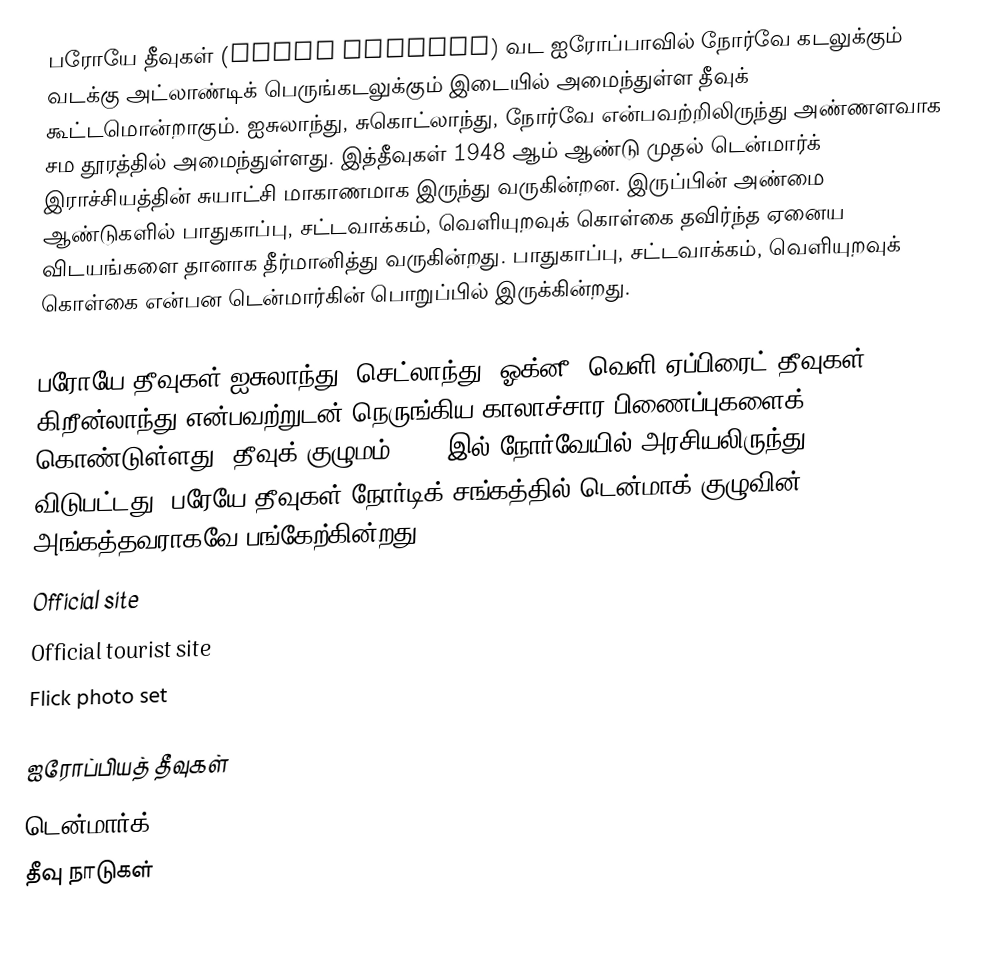
பரோயே தீவுகள் (Faroe Islands) வட ஐரோப்பாவில் நோர்வே கடலுக்கும் வடக்கு அட்லாண்டிக் பெருங்கடலுக்கும் இடையில் அமைந்துள்ள தீவுக் கூட்டமொன்றாகும். ஐசுலாந்து, சுகொட்லாந்து, நோர்வே என்பவற்றிலிருந்து அண்ணளவாக சம தூரத்தில் அமைந்துள்ளது. இத்தீவுகள் 1948 ஆம் ஆண்டு முதல் டென்மார்க் இராச்சியத்தின் சுயாட்சி மாகாணமாக இருந்து வருகின்றன. இருப்பின் அண்மை ஆண்டுகளில் பாதுகாப்பு, சட்டவாக்கம், வெளியுறவுக் கொள்கை தவிர்ந்த ஏனைய விடயங்களை தானாக தீர்மானித்து வருகின்றது. பாதுகாப்பு, சட்டவாக்கம், வெளியுறவுக் கொள்கை என்பன டென்மார்கின் பொறுப்பில் இருக்கின்றது.

பரோயே தீவுகள் ஐசுலாந்து, செட்லாந்து, ஓக்னீ, வெளி ஏப்பிரைட் தீவுகள், கிறீன்லாந்து என்பவற்றுடன் நெருங்கிய காலாச்சார பிணைப்புகளைக் கொண்டுள்ளது. தீவுக் குழுமம் 1814 இல் நோர்வேயில் அரசியலிருந்து விடுபட்டது. பரேயே தீவுகள் நோர்டிக் சங்கத்தில் டென்மாக் குழுவின் அங்கத்தவராகவே பங்கேற்கின்றது.
 Official site
 Official tourist site
 Flick photo set

ஐரோப்பியத் தீவுகள்
டென்மார்க்
தீவு நாடுகள்